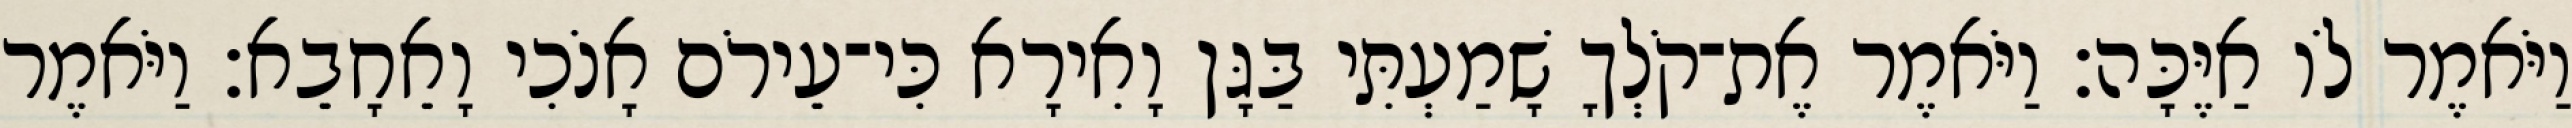
וַיֹּאמֶר לֹו אַיֶּכָּה׃ וַיֹּאמֶר אֶת־קֹלְךָ שָׁמַעְתִּי בַּגָּן וָאִירָא כִּי־עֵירֹם אָנֹכִי וָאֵחָבֵא׃ וַיֹּאמֶר